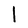
Character: l